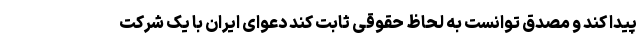
پیدا کند و مصدق توانست به لحاظ حقوقی ثابت کند دعوای ایران با یک شرکت